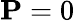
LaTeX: \mathbf{P}=0